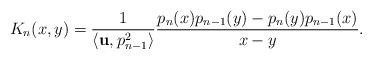
LaTeX: \begin{align*} K_{n}(x,y) =\frac{1}{\langle {\bf u}, p^2_{n-1}\rangle}\frac{p_{n}(x) p_{n-1}(y) -p_{n}(y) p_{n-1}(x) }{x-y}. \end{align*}